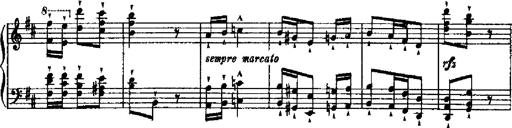
Title: RÃ©miniscences de Robert le diable
Composer: Franz Liszt